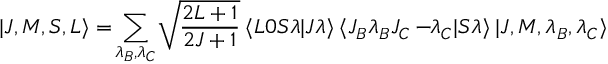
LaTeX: | J , M , S , L \rangle = \! \sum _ { \lambda _ { B } , \lambda _ { C } } \! \sqrt { \frac { 2 L + 1 } { 2 J + 1 } } \: \langle L 0 S \lambda | J \lambda \rangle \: \langle J _ { B } \lambda _ { B } J _ { C } - \! \! \lambda _ { C } | S \lambda \rangle \: | J , M , \lambda _ { B } , \lambda _ { C } \rangle